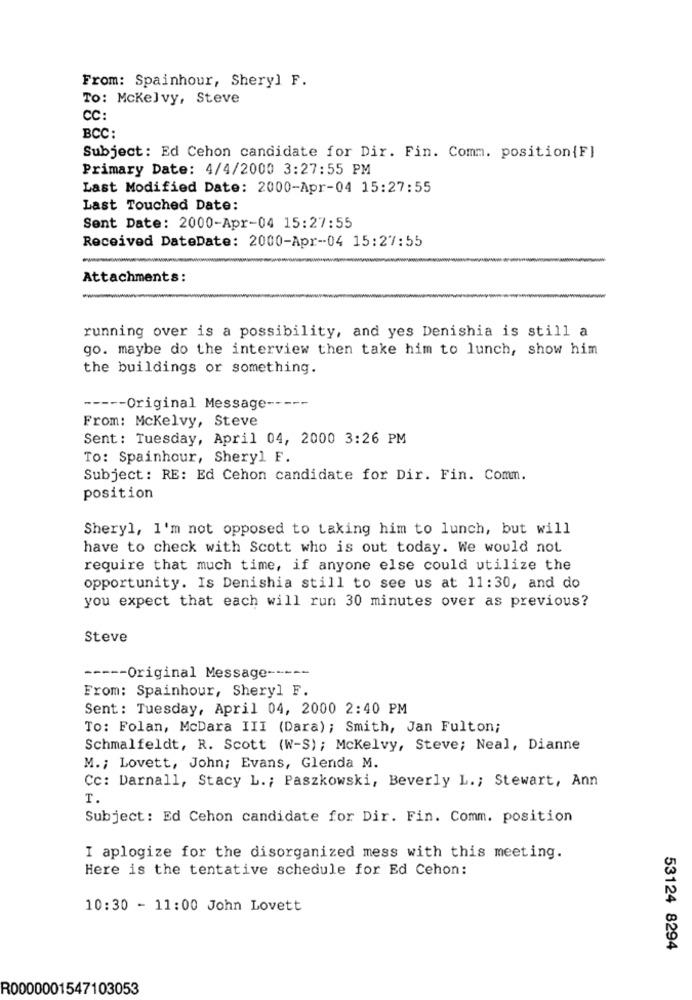
From: Spainhour, Sheryl F.
To: Mckelvy, Steve
CC:
BCC:
Subject: Ed Cehon candidate for Dir. Fin. Comm. position{F}
Primary Date: 4/4/2000 3:27:55 PM
Last Modified Date: 2000-Apr-04 15:27:55
Last Touched Date:
Sent Date: 2000-Apr-04 15:27:55
Received DateDate: 2000-Apr-04 15:27:55
Attachments:
running over is a possibility, and yes Denishia is still a
go. maybe do the interview then take him to lunch, show him
the buildings or something.
----- Original Message -----
From: Mckelvy, Steve
Sent: Tuesday, April 04, 2000 3:26 PM
To: Spainhour, Sheryl F.
Subject: RE: Ed Cehon candidate for Dir. Fin. Comm.
position
Sheryl, I'm not opposed to taking him to lunch, but will
have to check with Scott who is out today. We would not
require that much time, if anyone else could utilize the
opportunity. Is Denishia still to see us at 11:30, and do
you expect that each will run 30 minutes over as previous?
Steve
----- Original Message ------
From: Spainhour, Sheryl F.
Sent: Tuesday, April 04, 2000 2:40 PM
To: Folan, McDara III (Dara); Smith, Jan Fulton;
Schmalfeldt, R. Scott (W-S); Mckelvy, Steve; Neal, Dianne
M .; Lovett, John; Evans, Glenda M.
Cc: Darnall, Stacy L .; Paszkowski, Beverly L .; Stewart, Ann
T.
Subject: Ed Cehon candidate for Dir. Fin. Comm. position
I aplogize for the disorganized mess with this meeting.
Here is the tentative schedule for Ed Cehon:
10:30 - 11:00 John Lovett
53124 8294
R0000001547103053